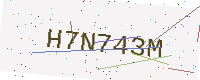
Text: H7N743M